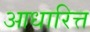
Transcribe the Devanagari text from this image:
आधारित्त